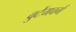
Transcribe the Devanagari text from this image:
वुर्टेमवर्ग